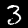
Digit: 3